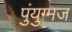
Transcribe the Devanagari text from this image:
पुंयुग्मज